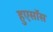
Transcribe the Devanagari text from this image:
हुएसॉस